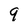
Character: 9